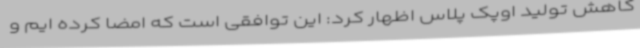
کاهش تولید اوپک پلاس اظهار کرد: این توافقی است که امضا کرده ایم و